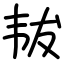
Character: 韨